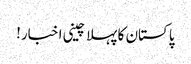
پاکستان کا پہلا چینی اخبار!